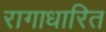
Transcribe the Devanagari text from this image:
रागाधारित